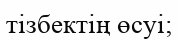
тізбектің өсуі;